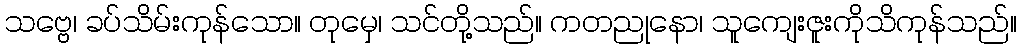
သဗ္ဗေ၊ ခပ်သိမ်းကုန်သော။ တုမှေ၊ သင်တို့သည်။ ကတညုနော၊ သူကျေးဇူးကိုသိကုန်သည်။